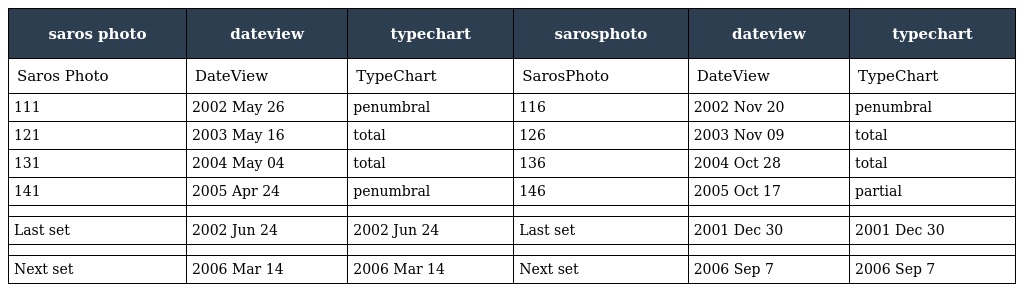
| saros photo | dateview | typechart | sarosphoto | dateview | typechart |
 | --- | --- | --- | --- | --- | --- |
 | Saros Photo | DateView | TypeChart | SarosPhoto | DateView | TypeChart |
 | 111 | 2002 May 26 | penumbral | 116 | 2002 Nov 20 | penumbral |
 | 121 | 2003 May 16 | total | 126 | 2003 Nov 09 | total |
 | 131 | 2004 May 04 | total | 136 | 2004 Oct 28 | total |
 | 141 | 2005 Apr 24 | penumbral | 146 | 2005 Oct 17 | partial |
 |  |  |  |  |  |  |
 | Last set | 2002 Jun 24 | 2002 Jun 24 | Last set | 2001 Dec 30 | 2001 Dec 30 |
 |  |  |  |  |  |  |
 | Next set | 2006 Mar 14 | 2006 Mar 14 | Next set | 2006 Sep 7 | 2006 Sep 7 |